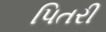
પિતરી